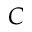
C